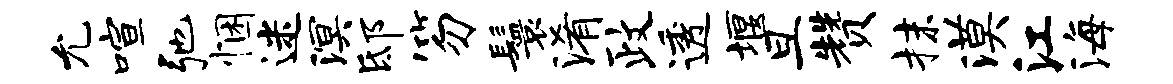
允喧弛悃迷溟邸笏鬟淆政透堰旦赞抹漠江海